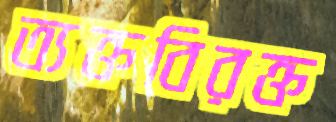
ত্যক্তবিরক্ত